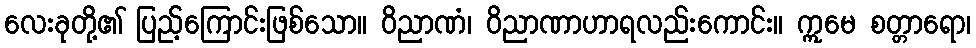
လေးခုတို့၏ ပြည့်ကြောင်းဖြစ်သော။ ဝိညာဏံ၊ ဝိညာဏာဟာရလည်းကောင်း။ ဣမေ စတ္တာရော၊